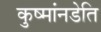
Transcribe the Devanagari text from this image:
कुष्मांनडेति